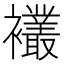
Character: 𫌘